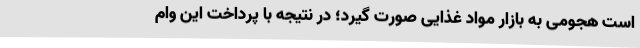
است هجومی به بازار مواد غذایی صورت ‌گیرد؛ در نتیجه با پرداخت این وام